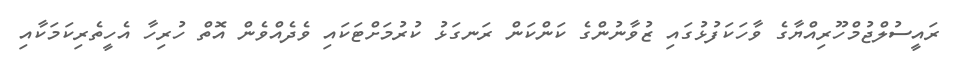
ރައީސުލްޖުމްހޫރިއްޔާގެ ވާހަކަފުޅުގައި ޒުވާނުންގެ ކަންކަން ރަނގަޅު ކުރުމަށްޓަކައި ވެދެއްވެން އޮތް ހުރިހާ އެހީތެރިކަމަކާއި